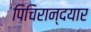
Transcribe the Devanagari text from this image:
पिचिरान्दयार